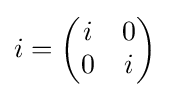
i={\begin{pmatrix}i&0\\0&i\end{pmatrix}}